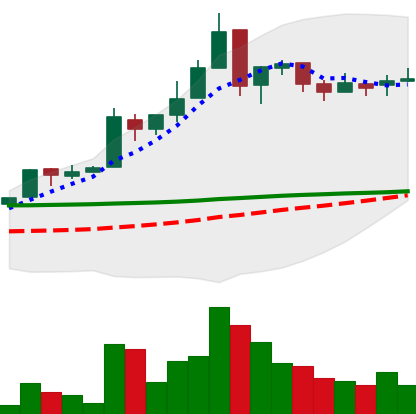
Ticker: EOS-USD
Chart end date: 2018-05-08
Forward return: -17.635%
Label: down_7plus